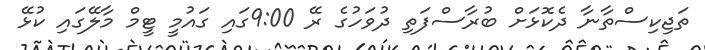
ތަޖިކިސްތާނާ ދެކޮޅަށް ބުރާސްފަތި ދުވަހުގެ ރޭ 9:00ގައި ގައުމީ ޓީމް މާލޭގައި ކުޅޭ